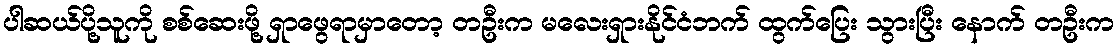
ပါဆယ်ပို့သူကို စစ်ဆေးဖို့ ရှာဖွေရာမှာတော့ တဦးက မလေးရှားနိုင်ငံဘက် ထွက်ပြေး သွားပြီး နောက် တဦးက